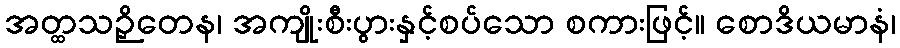
အတ္ထသဉှိတေန၊ အကျိုးစီးပွားနှင့်စပ်သော စကားဖြင့်။ စောဒိယမာနံ၊